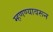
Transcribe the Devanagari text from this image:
म्हणण्यावरून